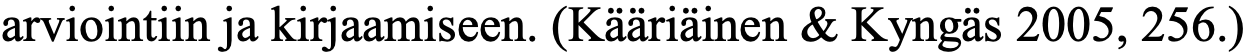
arviointiin ja kirjaamiseen. (Kääriäinen & Kyngäs 2005, 256.)